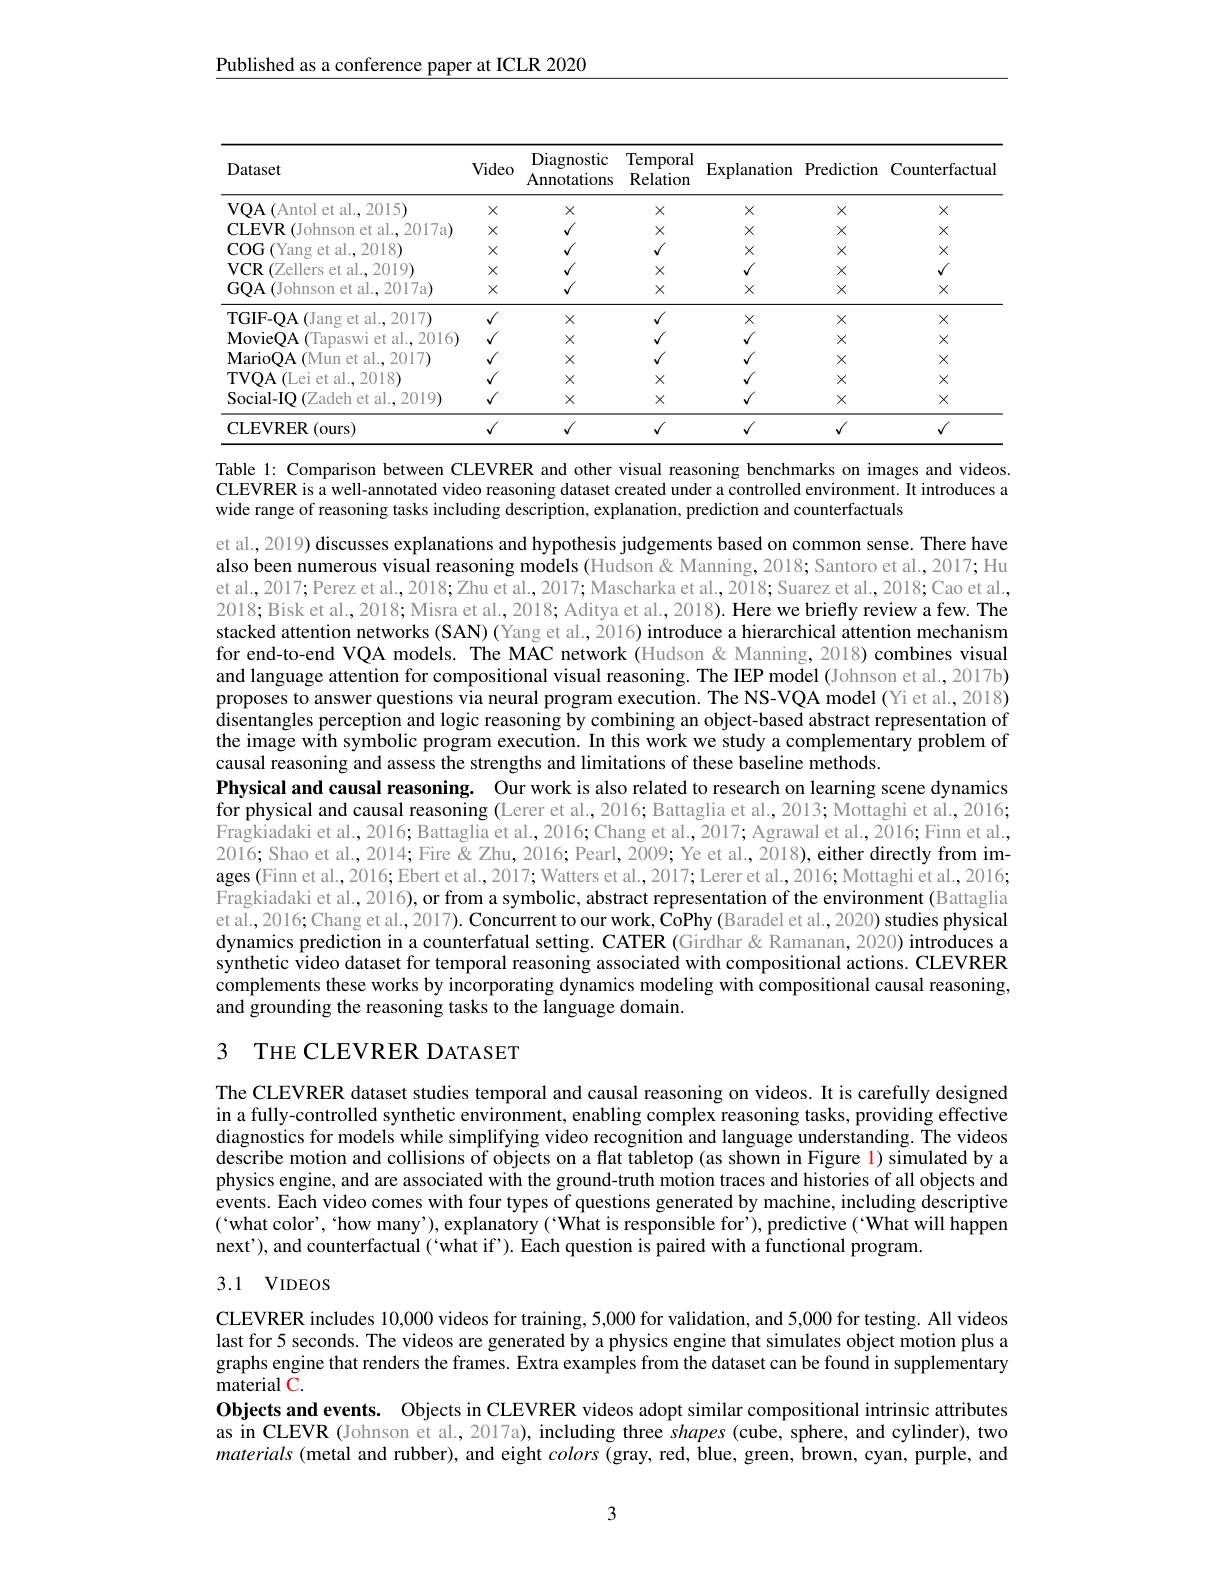
Published as a conference paper at ICLR 2020

<table>
	<tbody>
		<tr>
			<th>Dataset</th>
			<th>Video</th>
			<th>Diagnostic Annotations</th>
			<th>Temporal Relation</th>
			<th>$\operatorname{Explanation}$</th>
			<th>Prediction</th>
			<th>Counterfactual</th>
		</tr>
		<tr>
			<td>VQA(Antol et al., 2015)</td>
			<td>$X$</td>
			<td>$X$</td>
			<td>$X$</td>
			<td>$X$</td>
			<td>$X$</td>
			<td>$X$</td>
		</tr>
		<tr>
			<td>CLEVR ( Johnson et al. , 2017a) </td>
			<td>$X$</td>
			<td>$f$</td>
			<td>$X$</td>
			<td>$X$</td>
			<td>$X$</td>
			<td>$X$</td>
		</tr>
		<tr>
			<td>$\operatorname{COG}($Yang et al.,2018)</td>
			<td>$X$</td>
			<td>$f$</td>
			<td>$M$</td>
			<td>$X$</td>
			<td>$X$</td>
			<td>$X$</td>
		</tr>
		<tr>
			<td>VCR (Zellers et al.,2019)</td>
			<td>$X$</td>
			<td>$A_{1}$</td>
			<td>$X$</td>
			<td>$\sqrt{1}$</td>
			<td>$X$</td>
			<td> </td>
		</tr>
		<tr>
			<td>GQA (Johnson et al., 2017a)</td>
			<td>$X$</td>
			<td>$I$</td>
			<td>$X$</td>
			<td>$X$</td>
			<td>$X$</td>
			<td>$X$</td>
		</tr>
		<tr>
			<td>TGIF-QA(Jang et al., 2017)</td>
			<td>$√$</td>
			<td>$X$</td>
			<td>$√$</td>
			<td>$X$</td>
			<td>$X$</td>
			<td>$X$</td>
		</tr>
		<tr>
			<td>MovieQA (Tapaswi et al.,2016)</td>
			<td>1</td>
			<td>$X$</td>
			<td>$√$</td>
			<td>$√$</td>
			<td>$X$</td>
			<td>$X$</td>
		</tr>
		<tr>
			<td>MarioQA ( Mun et al. , 2017) </td>
			<td>1</td>
			<td>$X$</td>
			<td>$√$</td>
			<td>$√$</td>
			<td>$X$</td>
			<td>$X$</td>
		</tr>
		<tr>
			<td>TVQA(Lei et al., 2018)</td>
			<td>1</td>
			<td>$X$</td>
			<td>$X$</td>
			<td>$√$</td>
			<td>$X$</td>
			<td>$X$</td>
		</tr>
		<tr>
			<td>Social-IQ(Zadeh et al.,2019)</td>
			<td>$√$</td>
			<td>$X$</td>
			<td>$X$</td>
			<td>$\sqrt{1}$</td>
			<td>$X$</td>
			<td>$X$</td>
		</tr>
		<tr>
			<td>CLEVRER (ours)</td>
			<td>$√$</td>
			<td>$\sqrt{1}$</td>
			<td>$\sqrt{1}$</td>
			<td>$√$</td>
			<td>$√$</td>
			<td>1</td>
		</tr>
	</tbody>
</table>

Table 1: Comparison between CLEVRER and other visual reasoning benchmarks on images and videos. CLEVRER is a well-annotated video reasoning dataset created under a controlled environment. It introduces a wide range of reasoning tasks including description, explanation, prediction and counterfactuals

et al., 2019) discusses explanations and hypothesis judgements based on common sense. There have also been numerous visual reasoning models (Hudson & Manning, 2018; Santoro et al., 2017; Hu et al., 2017; Perez et al., 2018; Zhu et al., 2017; Mascharka et al., 2018; Suarez et al., 2018; Cao et al., 2018; Bisk et al., 2018; Misra et al. 2018; Aditya et al., 2018). Here we briefly review a few. The stacked attention networks (SAN) (Yang et al., 2016) introduce a hierarchical attention mechanism for end-to-end VQA models. The MAC network (Hudson & Manning, 2018) combines visual and language attention for compositional visual reasoning. The IEP model (Johnson et al., 2017b) proposes to answer questions via neural program execution. The NS-VQA model (Yi et al., 2018) disentangles perception and logic reasoning by combining an object-based abstract representation of the image with symbolic program execution. In this work we study a complementary problem of causal reasoning and assess the strengths and limitations of these baseline methods.
Physical and causal reasoning. Our work is also related to research on learning scene dynamics for physical and causal reasoning (Lerer et al., 2016; Battaglia et al., 2013; Mottaghi et al., 2016; Fragkiadaki et al., 2016; Battaglia et al., 2016; Chang et al., 2017; Agrawal et al., 2016; Finn et al., 2016; Shao et al., 2014; Fire & Zhu, 2016; Pearl, 2009; Ye et al., 2018), either directly from images (Finn et al., 2016; Ebert et al., 2017; Watters et al., 2017; Lerer et al., 2016; Mottaghi et al., 2016; Fragkiadaki et al., 2016), or from a symbolic, abstract representation of the environment (Battaglia et al., 2016; Chang et al., 2017). Concurrent to our work, $\hat{\mathbf{CoPhy}}$ (Baradel et al., 2020) studies physical dynamics prediction in a counterfatual setting. CATER (Girdhar&Ramanan, 2020) introduces a synthetic video dataset for temporal reasoning associated with compositional actions. CLEVRER complements these works by incorporating dynamics modeling with compositional causal reasoning, and grounding the reasoning tasks to the language domain.

## 3 THE CLEVRER DATASET

The CLEVRER dataset studies temporal and causal reasoning on videos. It is carefully designed in a fully-controlled synthetic environment, enabling complex reasoning tasks, providing effective diagnostics for models while simplifying video recognition and language understanding. The videos describe motion and collisions of objects on a flat tabletop (as shown in Figure l) simulated by a physics engine, and are associated with the ground-truth motion traces and histories of all objects and events. Each video comes with four types of questions generated by machine, including descriptive ('what color', 'how many'), explanatory ('What is responsible for'), predictive('What will happen next'), and counterfactual ('what if'). Each question is paired with a functional program.

## 3.1 VIDEOS

CLEVRER includes 10,000 videos for training, 5,000 for validation, and 5,000 for testing. All videos last for 5 seconds. The videos are generated by a physics engine that simulates object motion plus a graphs engine that renders the frames. Extra examples from the dataset can be found in supplementary material C.
Objects and events. Objects in CLEVRER videos adopt similar compositional intrinsic attributes as in CLEVR (Johnson et al., 2017a), including three shapes (cube, sphere, and cylinder), two materials (metal and rubber), and eight colors (gray, red, blue, green, brown, cyan, purple, and

3